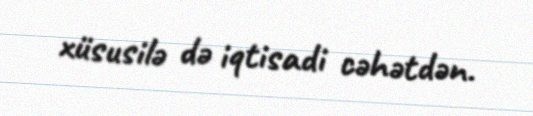
xüsusilə də iqtisadi cəhətdən.